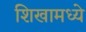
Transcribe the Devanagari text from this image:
शिखामध्ये